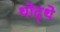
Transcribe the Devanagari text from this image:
थोद्थे